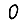
Digit: 0